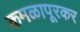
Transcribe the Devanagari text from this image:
कमळापूरकर